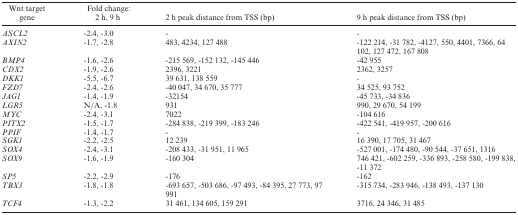
<table><thead><tr><td><b>Wnt target gene</b></td><td><b>Fold change: 2 h, 9 h</b></td><td><b>2 h peak distance from TSS (bp)</b></td><td><b>9 h peak distance from TSS (bp)</b></td></tr></thead><tbody><tr><td><i>ASCL2</i></td><td>-2.4, -3.0</td><td>-</td><td>-</td></tr><tr><td><i>AXIN2</i></td><td>-1.7, -2.8</td><td>483, 4234, 127 488</td><td>-122 214, -31 782, -4127, 550, 4401, 7366, 64 102, 127 472, 167 808</td></tr><tr><td><i>BMP4</i></td><td>-1.6, -2.6</td><td>-215 569, -152 132, -145 446</td><td>-42 955</td></tr><tr><td><i>CDX2</i></td><td>-1.9, -2.6</td><td>2396, 3221</td><td>2362, 3257</td></tr><tr><td><i>DKK1</i></td><td>-5.5, -6.7</td><td>39 631, 138 559</td><td>-</td></tr><tr><td><i>FZD7</i></td><td>-2.4, -2.6</td><td>-40 047, 34 670, 35 777</td><td>34 525, 93 752</td></tr><tr><td><i>JAG1</i></td><td>-1.4, -1.9</td><td>-32154</td><td>-45 733, -34 836</td></tr><tr><td><i>LGR5</i></td><td>N/A, -1.8</td><td>931</td><td>990, 29 670, 54 199</td></tr><tr><td><i>MYC</i></td><td>-2.4, -3.1</td><td>7022</td><td>-104 616</td></tr><tr><td><i>PITX2</i></td><td>-1.5, -1.7</td><td>-284 838, -219 399, -183 246</td><td>-422 541, -419 957, -200 616</td></tr><tr><td><i>PPIF</i></td><td>-1.4, -1.7</td><td>-</td><td>-</td></tr><tr><td><i>SGK1</i></td><td>-2.2, -2.5</td><td>12 239</td><td>16 390, 17 705, 31 467</td></tr><tr><td><i>SOX4</i></td><td>-2.4, -3.1</td><td>-208 433, -31 951, 11 965</td><td>-527 001, -174 480, -90 544, -37 651, 1316</td></tr><tr><td><i>SOX9</i></td><td>-1.6, -1.9</td><td>-160 304</td><td>746 421, -602 259, -336 893, -258 580, -199 838, -11 372</td></tr><tr><td><i>SP5</i></td><td>-2.2, -2.9</td><td>-176</td><td>-162</td></tr><tr><td><i>TBX3</i></td><td>-1.8, -1.8</td><td>-693 657, -503 686, -97 493, -84 395, 27 773, 97 991</td><td>-315 734, -283 946, -138 493, -137 130</td></tr><tr><td><i>TCF4</i></td><td>-1.3, -2.2</td><td>31 461, 134 605, 159 291</td><td>3716, 24 346, 31 485</td></tr></tbody></table>